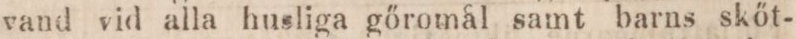
vand vid alla husliga gőromål samt barns skőt-